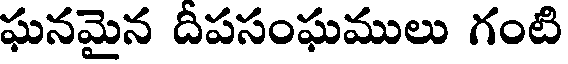
ఘనమైన దీపసంఘములు గంటి